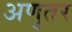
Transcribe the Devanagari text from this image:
अणुतर